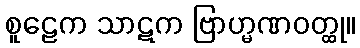
စူဠေက သာဋက ဗြာဟ္မဏဝတ္ထု။